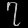
Digit: ၇